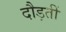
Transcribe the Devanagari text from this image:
दौड़तीं